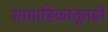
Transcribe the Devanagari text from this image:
साप्ताहिकांतूनही